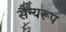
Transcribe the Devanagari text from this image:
सैन्यरूप